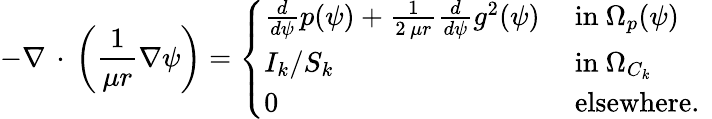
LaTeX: -\nabla\, \cdot\, \left(\frac{1}{\mu r}\nabla\psi\right)=\left\{ \begin{array}{ll}{\frac{d}{d\psi}p(\psi)+\frac{1}{2\, \mu r}\frac{d}{d\psi}g^{2}(\psi)}&{\mathrm{~in~}\Omega_{p}(\psi)}\\ {I_{k}/S_{k}}&{\mathrm{~in~}\Omega_{C_{k}}}\\ {0}&{\mathrm{~elsewhere.~}}\end{array}\right.